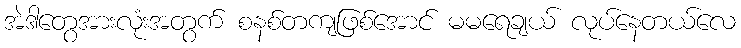
အဲဒါတွေအားလုံးအတွက် စနစ်တကျဖြစ်အောင် မမရေချယ် လုပ်နေတယ်လေ